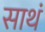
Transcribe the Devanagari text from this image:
साथं